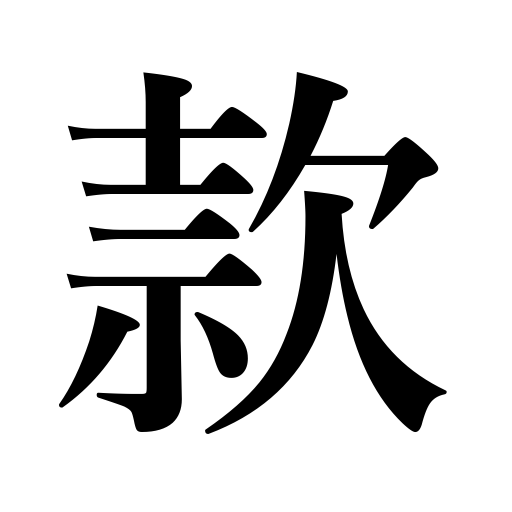
Meanings: article,friendship,goodwill,section,collusion